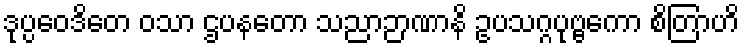
ဒုပ္ပဝေဒိတေ ဝသာ ဌပနတော သညာဉာဏာနိ ဥပသဂ္ဂပုဗ္ဗကော စိတြာဟိ